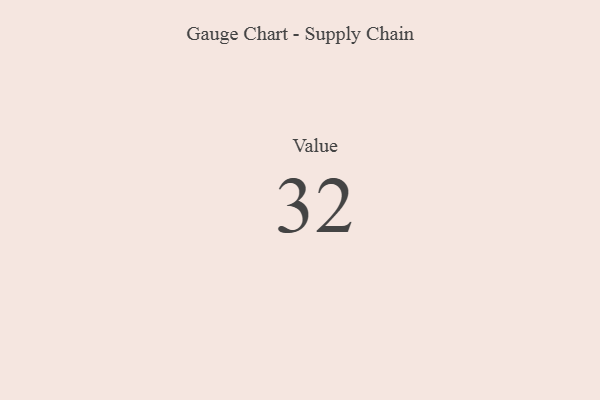
{"axis": {"x": "Metric", "y": "Value"}, "legend": [""], "data": [{"x": "Value", "y": 32, "type": ""}]}